Annual administration report of the Civil Veterinary Department of India - 1898-1899
Year: 1898
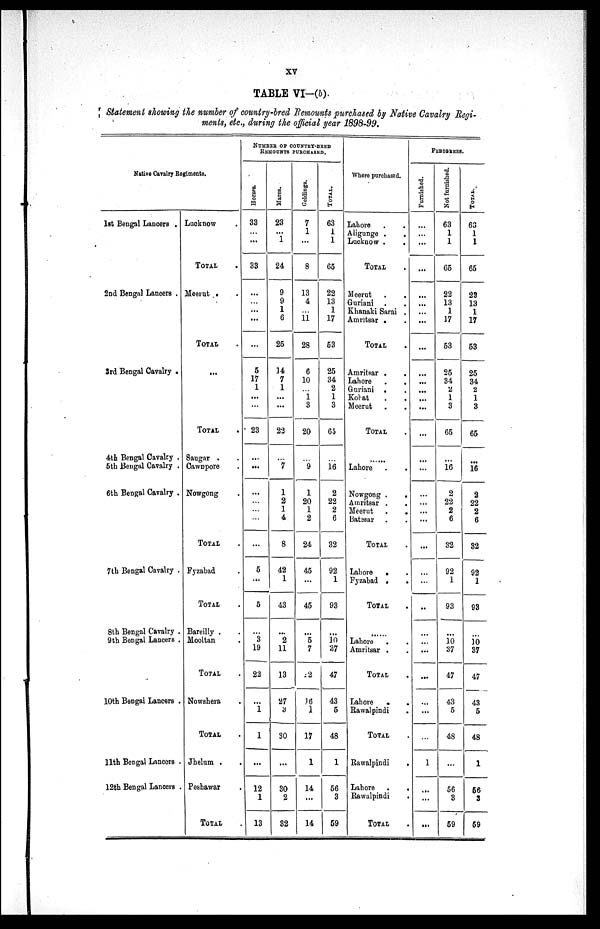
xv
TABLE VI-(b).
Statement showing the number of country-bred Remounts purchased by Native Cavalry Regi-
ments, etc., during the official year 1898-99.
Native Cavalry Regiments.
1st Bengal Lancers .
2nd Bengal Lancers .
3rd Bengal Cavalry .
4tb Bengal Cavalry .
5th Bengal Cavalry .
6th Bengal Cavalry .
7th Bengal Cavalry .
8th Bengal Cavalry .
9th Bengal Lancers .
10th Bengal Lancers .
11th Bengal Lancers .
12th Bengal Lancers .
Lucknow .
TOTAL.
Meerut . .
TOTAL.
TOTAL.
Saugar ..
Cawnpore .
Nowgong .
TOTAL.
Fyzabad .
TOTAL.
Bareilly ..
Mooltan .
TOTAL.
Nowshera .
TOTAL.
Jhelum ..
Peshawar
TOTAL.
NUMBER OF COUNTRY-BRED
REMOUNTS
PURCHASED.
Horses.
33
...
...
33
...
...
...
...
...
5
17
1
...
23
...
...
...
...
...
...
...
5
...
5
...
3
19
22
...
1
1
...
12
1
13
Mares.
23
...
1
24
9
9
1
6
25
14
7
1
...
...
22
...
7
1
2
1
4
8
42
1
43
...
2
11
13
27
3
30
...
30
2
32
Geldings.
7
1
...
8
13
4
...
11
28
6
10
...
1
3
20
...
9
1
20
1
2
24
45
...
45
...
5
7
12
16
1
17
1
14
...
14
TOTAL.
63
1
1
65
22
13
1
17
53
25
34
2
1
3
65
...
16
2
22
2
6
32
92
1
93
...
10
37
47
43
5
48
1
56
3
59
Where purchased.
Lahore . .
Aligunge .
.
Lucknow .
.
TOTAL .
Meerut . .
Guriani . .
Khanaki Sarai .
Amritsar . .
TOTAL .
Amritsar .
.
Lahore
.
.
Guriani . .
Kohat . .
Meerut . .
TOTAL .
......
Lahore
.
.
Nowgong .
.
Amritsar .
.
Meerut .
.
Batesar ..
TOTAL.
Lahore
.
Fyzabad .
.
TOTAL.
......
Lahore ..
Amritsar . .
TOTAL.
Lahore
.
Rawalpindi
TOTAL.
Rawalpindi
.
Lahore .
.
Rawalpindi
TOTAL.
PEDIGREES.
Furnished.
...
...
...
...
...
...
...
...
...
...
...
...
...
...
...
...
...
...
...
...
...
...
...
...
..
...
...
...
...
...
...
...
1
...
...
...
Not furnished.
63
1
1
65
22
13
1
17
53
25
34
2
1
3
65
...
16
2
22
2
6
32
92
1
93
...
10
37
47
43
5
48
...
56
3
59
TOTAL.
63
1
1
65
22
13
1
17
53
25
34
2
1
3
65
...
16
2
22
2
6
32
92
1
93
...
10
37
47
43
5
48
1
56
3
59